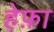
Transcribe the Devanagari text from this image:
हेफ़ा